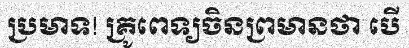
ប្រមាទ! គ្រូពេទ្យចិនព្រមានថា បើ